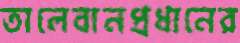
তালেবানপ্রধানের